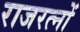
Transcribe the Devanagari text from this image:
राजरत्नों